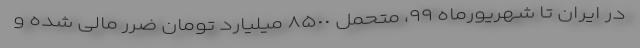
در ایران تا شهریورماه ٩٩، متحمل ٨۵٠٠ میلیارد تومان ضرر مالی شده و